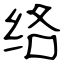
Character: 络